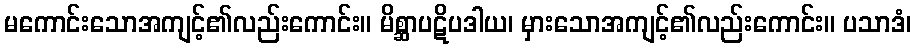
မကောင်းသောအကျင့်၏လည်းကောင်း။ မိစ္ဆာပဋိပဒါယ၊ မှားသောအကျင့်၏လည်းကောင်း။ ပသာဒံ၊